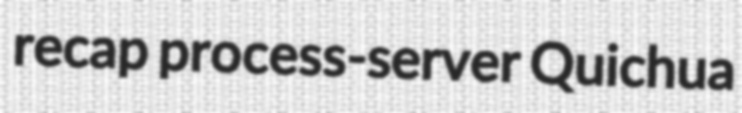
recap process-server Quichua